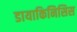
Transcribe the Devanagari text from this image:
डायाकिनिसिस